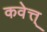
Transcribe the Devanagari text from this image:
कवेत्त्